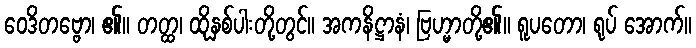
ဝေဒိတဗ္ဗော၊ ၏။ တတ္ထ၊ ထိုနှစ်ပါးတို့တွင်။ အကနိဋ္ဌာနံ၊ ဗြဟ္မာတို့၏။ ရူပတော၊ ရုပ် အောက်။